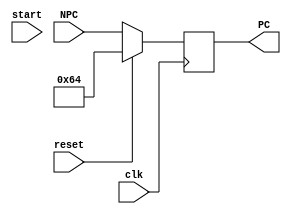
`timescale 1ns / 1ps

// Program Counter Register ////////////////////////////////////////////////////
module PC_reg
(
    input clk, 
    input reset,
    input start,
    input [31:0] NPC,
    output reg [31:0] PC
);

    always @ (posedge clk) begin
        if (reset) begin
            PC <= 32'h00000064;
        end else begin
            PC <= NPC;
        end
    end 
endmodule

// Program Counter Adder ///////////////////////////////////////////////////////
module PC_Add4
(
    input [31:0] PC_IN,
    output [31:0] PC_OUT
);
    assign PC_OUT = PC_IN + 32'h00000004;
endmodule

//Instruction Memory Fetch /////////////////////////////////////////////////////
module IM
(
    input [31:0] ADDR,
    input reset,
    output [31:0] INSTR
);
    reg [31:0] MEMORY [511:0];
    
    always @(posedge reset) // Reset Initializes 10 Preset Memory Values
    begin
        MEMORY[100] <= 32'b000000_00001_00010_00011_00000_100000; //add $3, $1, $2
        MEMORY[104] <= 32'b000000_01001_00011_00100_00000_100010; //sub $4, $9, $3
        MEMORY[108] <= 32'b000000_00011_01001_00101_00000_100101; //or $5, $3, $9
        MEMORY[112] <= 32'b000000_00011_01001_00110_00000_100110; //xor $6, $3, $9
        MEMORY[116] <= 32'b000000_00011_01001_00111_00000_100100; //and $7, $3, $9
    end
    assign INSTR = MEMORY[ADDR];
endmodule

// IF/ID Register //////////////////////////////////////////////////////////////
module IF_ID_Reg
(
    input [31:0] INSTR_IN,
    input reset,
    input clk,
    output reg [5:0] OPCODE_OUT,
    output reg [4:0] RS_OUT,
    output reg [4:0] RT_OUT,
    output reg [4:0] RD_OUT,
    output reg [4:0] SHAMT_OUT,
    output reg [5:0] FUNC_OUT,
    output reg [15:0] IMM_OUT
);
    always @(posedge clk) begin
        if (reset) begin
            OPCODE_OUT <= 0;
            RS_OUT <= 0;
            RT_OUT <= 0;
            RD_OUT <= 0;
            SHAMT_OUT <= 0;
            FUNC_OUT <= 0;
            IMM_OUT <= 0;
        end else begin
            OPCODE_OUT <= INSTR_IN[31:26];
            RS_OUT <= INSTR_IN[25:21];
            RT_OUT <= INSTR_IN[20:16];
            RD_OUT <= INSTR_IN[15:11];
            SHAMT_OUT <= INSTR_IN[10:6];
            FUNC_OUT <= INSTR_IN[5:0];
            IMM_OUT <= INSTR_IN[15:0];
        end
    end    
endmodule

// Sign/Bit Extender ///////////////////////////////////////////////////////////
module SignExt
(
input [15:0] Immediate,
output [31:0] SignExt_IMM
);
assign SignExt_IMM = {{16{Immediate[15]}},Immediate[15:0]};
endmodule

// Control Unit ////////////////////////////////////////////////////////////////
module Control_Unit
(
input clk,
input reset,
//
input [4:0] rs, //Added for Final
input [4:0] rt,
input [4:0] mrn,
input mm2reg,
input mwreg,
input [4:0] ern,
input em2reg,
input ewreg,
output reg [1:0] fwda,
output reg [1:0] fwdb,
//
input [5:0] opcode,
input [5:0] funct,
output reg RegDst_OUT, //Goes to Selector of RD/RT Mux
output reg WriteReg_OUT, //wreg
output reg Mem2Reg_OUT, //m2reg
output reg WriteMem_OUT, //wmem
output reg [3:0] ALU_Ctrl_OUT, //aluc 4bit control signal
output reg [1:0] ALU_Op_OUT, //aluop
output reg ALU_Src //aluimm selector bit
);

reg [3:0] Ctrl_Output [63:0]; //R-Type Function Memory
always @ (posedge reset) begin //Pre-Load Function -> ALU Control
    Ctrl_Output[0] <= 4'b1010; //sll
    Ctrl_Output[2] <= 4'b1100; //srl
    Ctrl_Output[3] <= 4'b1011; //sra
    Ctrl_Output[8] <= 4'bxxxx; //jr
    Ctrl_Output[32] <= 4'b0010; //add
    Ctrl_Output[34] <= 4'b0110; //sub
    Ctrl_Output[36] <= 4'b0000; //and
    Ctrl_Output[37] <= 4'b0001; //or
    Ctrl_Output[38] <= 4'b1001; //xor
end

reg [3:0] Ctrl_Output_I [15:0]; //I-Type Function Memory
always @ (posedge reset) begin //Pre-Load ALU Function -> ALU Control
    Ctrl_Output_I[8] <= 4'b0010; //addi
    Ctrl_Output_I[12] <= 4'b0000; //andi
    Ctrl_Output_I[13] <= 4'b0001; //ori
    Ctrl_Output_I[14] <= 4'b1001; //xori
    Ctrl_Output_I[15] <= 4'b0010; //lui
end

always @ (negedge clk) begin
    if (opcode == 6'b100011) begin //Checking for lw
        ALU_Op_OUT <= 00; //Not needed at present...
        ALU_Ctrl_OUT <= 0010; //Set to 'Add'
        ALU_Src <= 1; 
        RegDst_OUT <= 1; 
        WriteReg_OUT <= 1;
        Mem2Reg_OUT <= 1;
        WriteMem_OUT <= 0;
    end else if (opcode == 6'b101011) begin //Checking for sw
        ALU_Op_OUT <= 00;
        ALU_Ctrl_OUT <= 0010;
        ALU_Src <= 1;
        RegDst_OUT <= 0; //Don't Care...
        WriteReg_OUT <= 0;
        Mem2Reg_OUT <= 0; //Don't Care... May need changed later.
        WriteMem_OUT <= 1;
    end else if (opcode == 6'b000100 | opcode == 6'b000101) begin //Checking for branch conditions
        ALU_Op_OUT <= 01;
        ALU_Ctrl_OUT <= 0110; //Set to 'Subtract'
        ALU_Src <= 0;
        RegDst_OUT <= 0; //Don't Care...
        WriteReg_OUT <= 0;
        Mem2Reg_OUT <= 0; //Don't Care...
        WriteMem_OUT <= 0; 
    end else if (opcode == 6'b000000) begin //Checking for R-Type
        ALU_Op_OUT <= 10;
        ALU_Ctrl_OUT <= Ctrl_Output[funct]; //Setting ALU Control based upon Funct values
        ALU_Src <= 0;
        RegDst_OUT <= 0; //Set to rd
        WriteReg_OUT <= 1;
        Mem2Reg_OUT <= 0;
        WriteMem_OUT <= 0;
    end else if (opcode[5:3] == 3'b001) begin //Checking for I-Type (Not Including Branch)
        ALU_Op_OUT <= 00; //Not Needed at Present...
        ALU_Ctrl_OUT <= Ctrl_Output_I[opcode];
        ALU_Src <= 1; //Need Immediate for Operations
        RegDst_OUT <= 0; //Set to rd
        WriteReg_OUT <= 1;
        Mem2Reg_OUT <= 0;
        WriteMem_OUT <= 0;
    end else if (opcode == 6'b000010 | opcode == 6'b000011) begin //Checking for j or jal
        ALU_Op_OUT <= 01;
        ALU_Ctrl_OUT <= 0110; //Set to 'Subtract'
        ALU_Src <= 1;
        RegDst_OUT <= 0; //Don't Care...
        WriteReg_OUT <= 0;
        Mem2Reg_OUT <= 0; //Don't Care...
        WriteMem_OUT <= 0; 
    end
end

always @(negedge clk) begin
// data1 (A) input to ALU
		if ((ewreg == 1'b1) && (ern == rs)) begin //RegWrite Enabled for EXE stage, and Destination Reg is same as rs in ID stage.
			fwda <= 2'b01;  // stage 3 forwarding
		end else if ((mwreg == 1'b1) && (mrn == rs)) begin
			fwda <= 2'b10;  // stage 4 forwarding
	    end else if ((mm2reg == 1'b1) && (mrn == rs)) begin
	        fwda <= 2'b11;  // stage 4 (Data Mem Out) forwarding
		end else begin
			fwda <= 2'b00;  // no forwarding
        end

// data2 (B) input to ALU
		if ((ewreg == 1'b1) && (ern == rt)) begin
			fwdb <= 2'b01;  // stage 3 forwarding
		end else if ((mwreg == 1'b1) && (mrn == rt)) begin
			fwdb <= 2'b10;  // stage 4 forwarding
		end else if ((mm2reg == 1'b1) && (mrn == rt)) begin
		    fwdb <= 2'b11;  // stage 4 (Data Mem Out) forwarding
		end else begin
			fwdb <= 2'b00;  // no forwarding
        end
    end

endmodule

// RD_RT Multiplexer ///////////////////////////////////////////////////////////
module RD_RT_MUX
(
input [4:0] RD_A,
input [4:0] RT_B,
input select,
output [4:0] C
);
assign C = (select) ? RT_B : RD_A; //Format: C = selector bit "?" True Statement (if 1) ":" False Statement (if 0)
endmodule

// Register File //////////////////////////////////////////////////////////////
module RegisterFile
(
input reset,
input clk,
input [4:0] rs,
input [4:0] rt,
input [4:0] rd,
input [31:0] New_Data,
input Write_Enable,
output [31:0] qa,
output [31:0] qb
);

reg [31:0] Reg_File [31:0]; //32 by 32 bits
always @ (posedge reset) begin //Yes, using a For loop would have been better, but this allows for individual initial variable manipulation.
    Reg_File[0] <= 32'h0000_0000;
    Reg_File[1] <= 32'hA000_00AA;
    Reg_File[2] <= 32'h1000_0011;
    Reg_File[3] <= 32'h2000_0022;
    Reg_File[4] <= 32'h3000_0033;
    Reg_File[5] <= 32'h4000_0044;
    Reg_File[6] <= 32'h5000_0055;
    Reg_File[7] <= 32'h6000_0066;
    Reg_File[8] <= 32'h7000_0077;
    Reg_File[9] <= 32'h8000_0088;
    Reg_File[10] <= 32'h9000_0099;
    Reg_File[11] <= 0;
    Reg_File[12] <= 0;
    Reg_File[13] <= 0;
    Reg_File[14] <= 0;
    Reg_File[15] <= 0;
    Reg_File[16] <= 0;
    Reg_File[17] <= 0;
    Reg_File[18] <= 0;
    Reg_File[19] <= 0;
    Reg_File[20] <= 0;
    Reg_File[21] <= 0;
    Reg_File[22] <= 0;
    Reg_File[23] <= 0;
    Reg_File[24] <= 0;
    Reg_File[25] <= 0;
    Reg_File[26] <= 0;
    Reg_File[27] <= 0;
    Reg_File[28] <= 0;
    Reg_File[29] <= 0;
    Reg_File[30] <= 0;
    Reg_File[31] <= 0;
end

always @(negedge clk) begin //Using Negative to Pre-Load for next Positive clk edge
    if (Write_Enable)
        Reg_File[rd] = New_Data;
    end
assign qa = Reg_File[rs];
assign qb = Reg_File[rt];
endmodule

// ID/EXE Register ////////////////////////////////////////////////////////////
module ID_EXE_Reg
(
input clk,
input reset,
input wreg_IN,
output reg ewreg,
input m2reg_IN,
output reg em2reg,
input wmem_IN,
output reg ewmem,
input [3:0] aluc_IN,
output reg [3:0] ealuc,
input aluimm_IN,
output reg ealuimm,
input [4:0] RD_RT_SEL_IN,
output reg [4:0] RD_RT_SEL_OUT,
input [31:0] qa_IN,
output reg [31:0] qa_OUT,
input [31:0] qb_IN,
output reg [31:0] qb_OUT,
input [31:0] se_imm_IN,
output reg [31:0] se_imm_OUT
);
always @ (posedge reset) begin //(Re)set all output registers to 0.
    ewreg <= 0;
    em2reg <= 0;
    ewmem <= 0;
    ealuc <= 0;
    ealuimm <= 0;
    RD_RT_SEL_OUT <= 0;
    qa_OUT <= 0;
    qb_OUT <= 0;
    se_imm_OUT <= 0;     
end

always @ (posedge clk) begin //Set all Inputs to Outputs (Gate)
    ewreg <= wreg_IN;
    em2reg <= m2reg_IN;
    ewmem <= wmem_IN;
    ealuc <= aluc_IN;
    ealuimm <= aluimm_IN;
    RD_RT_SEL_OUT <= RD_RT_SEL_IN;
    qa_OUT <= qa_IN;
    qb_OUT <= qb_IN;
    se_imm_OUT <= se_imm_IN;
end
endmodule

// ALU MUX //////////////////////////////////////////////////////////////////////
module ALU_MUX
(
input [31:0] qb_in,
input [31:0] imm_in,
input selector,
output [31:0] B_out
);
assign B_out = (selector) ? imm_in : qb_in;
endmodule

// ALU //////////////////////////////////////////////////////////////////////////
module ALU
(
input clk,
input [3:0] ctrl,
input [31:0] A,
input [31:0] B,
output reg [31:0] result
);

always @ (negedge clk) begin
    if (ctrl == 4'b0000) begin // A AND B
    result <= A & B;
    end else if (ctrl == 4'b0001) begin // A OR B
    result <= A | B;
    end else if (ctrl == 4'b0010) begin // A + B
    result <= A + B;
    end else if (ctrl == 4'b0110) begin // A - B
    result <= A - B;
    end else if (ctrl == 4'b0111) begin // A < B
    result <= A < B;
    end else if (ctrl == 4'b1100) begin // A NOR B
    result <= ~(A | B);
    end else if (ctrl == 4'b1001) begin // A XOR B
    result <= A ^ B;
    end
end

endmodule

// EXE/MEM Register /////////////////////////////////////////////////////
module EXE_MEM_Reg
(
input clk,
input reset,
input ewreg,
output reg mwreg,
input em2reg,
output reg mm2reg,
input ewmem,
output reg mwmem,
input [4:0] RD_RT_SEL_IN_2,
output reg [4:0] RD_RT_SEL_OUT_2,
input [31:0] R,
output reg [31:0] R_OUT,
input [31:0] qb_IN,
output reg [31:0] qb_OUT
);
always @ (posedge reset) begin //(Re)set all output registers to 0.
    mwreg <= 0;
    mm2reg <= 0;
    mwmem <= 0;
    RD_RT_SEL_OUT_2 <= 0;
    R_OUT <= 0;
    qb_OUT <= 0; 
end

always @ (posedge clk) begin //Set all Inputs to Outputs (Gate)
    mwreg <= ewreg;
    mm2reg <= em2reg;
    mwmem <= ewmem;
    RD_RT_SEL_OUT_2 <= RD_RT_SEL_IN_2;
    R_OUT <= R;
    qb_OUT <= qb_IN;
end
endmodule

// Data Memory ////////////////////////////////////////////////////////////////
module DataMemory
(
input reset,
input clk,
input we,
input [31:0] a,
input [31:0] di,
output reg [31:0] do
);

reg [31:0] DATAMEM[0:255];
always @ (posedge reset) begin
//Given for Lab 4, preloading memory
        DATAMEM[0] <= 32'hA000_00AA;
        DATAMEM[1] <= 32'h1000_0011;
        DATAMEM[2] <= 32'h2000_0022;
        DATAMEM[3] <= 32'h3000_0033;
        DATAMEM[4] <= 32'h4000_0044;
        DATAMEM[5] <= 32'h5000_0055;
        DATAMEM[6] <= 32'h6000_0066;
        DATAMEM[7] <= 32'h7000_0077;
        DATAMEM[8] <= 32'h8000_0088;
        DATAMEM[9] <= 32'h9000_0099;
        DATAMEM[10] <= 0;
        DATAMEM[11] <= 0;
        DATAMEM[12] <= 0;
end

always @ (negedge clk) begin
    if (we == 1) begin
    DATAMEM[a] <= di; //Write Operation
    end else if (we == 0) begin
    do <= DATAMEM[a]; //Read Operation
    end
end

endmodule

// MEM/WB Register ///////////////////////////////////////////////////////////
module MEM_WB_Reg
(
input clk,
input reset,
input mwreg,
output reg wwreg,
input mm2reg,
output reg wm2reg,
input [4:0] rd_rt_sel_in,
output reg [4:0] rd_rt_sel_out,
input [31:0] alu_result,
output reg [31:0] alu_result_out,
input [31:0] do,
output reg [31:0] do_out
);

always @ (posedge reset) begin //(Re)set all output registers to 0.
    wwreg <= 0;
    wm2reg <= 0;
    rd_rt_sel_out <= 0;
    alu_result_out <= 0;
    do_out <= 0;
end

always @ (posedge clk) begin //Set all Inputs to Outputs (Gate)
    wwreg <= mwreg;
    wm2reg <= mm2reg;
    rd_rt_sel_out <= rd_rt_sel_in;
    alu_result_out <= alu_result;
    do_out <= do;
end

endmodule

// WB Mux /////////////////////////////////////////////////////////////////////////////////////
module WB_MUX
(
input [31:0] do,
input [31:0] alu_result,
input wm2reg,
output [31:0] d_sel
);
assign d_sel = (wm2reg) ? do : alu_result;
endmodule

// Forwarding Mux /////////////////////////////////////////////////////////////////////////////
module FWD_MUX
(
input [1:0] SEL,
input [31:0] a,
input [31:0] b,
input [31:0] c,
input [31:0] d,
output reg [31:0] out
);

always @ (a or b or c or d or SEL)
begin

case (SEL)
2'b00 : out <= a;
2'b01 : out <= b;
2'b10 : out <= c;
2'b11 : out <= d;
endcase

end

endmodule